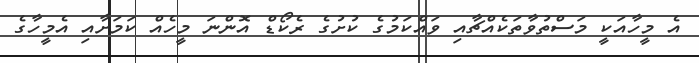
އެ މީހާއަކީ މަސްތުވާތަކެއްޗާއި ވައްކަމުގެ ކުށުގެ ރެކޯޑް އޮންނަ މީހެއް ކަމަށާއި އެމީހާގެ